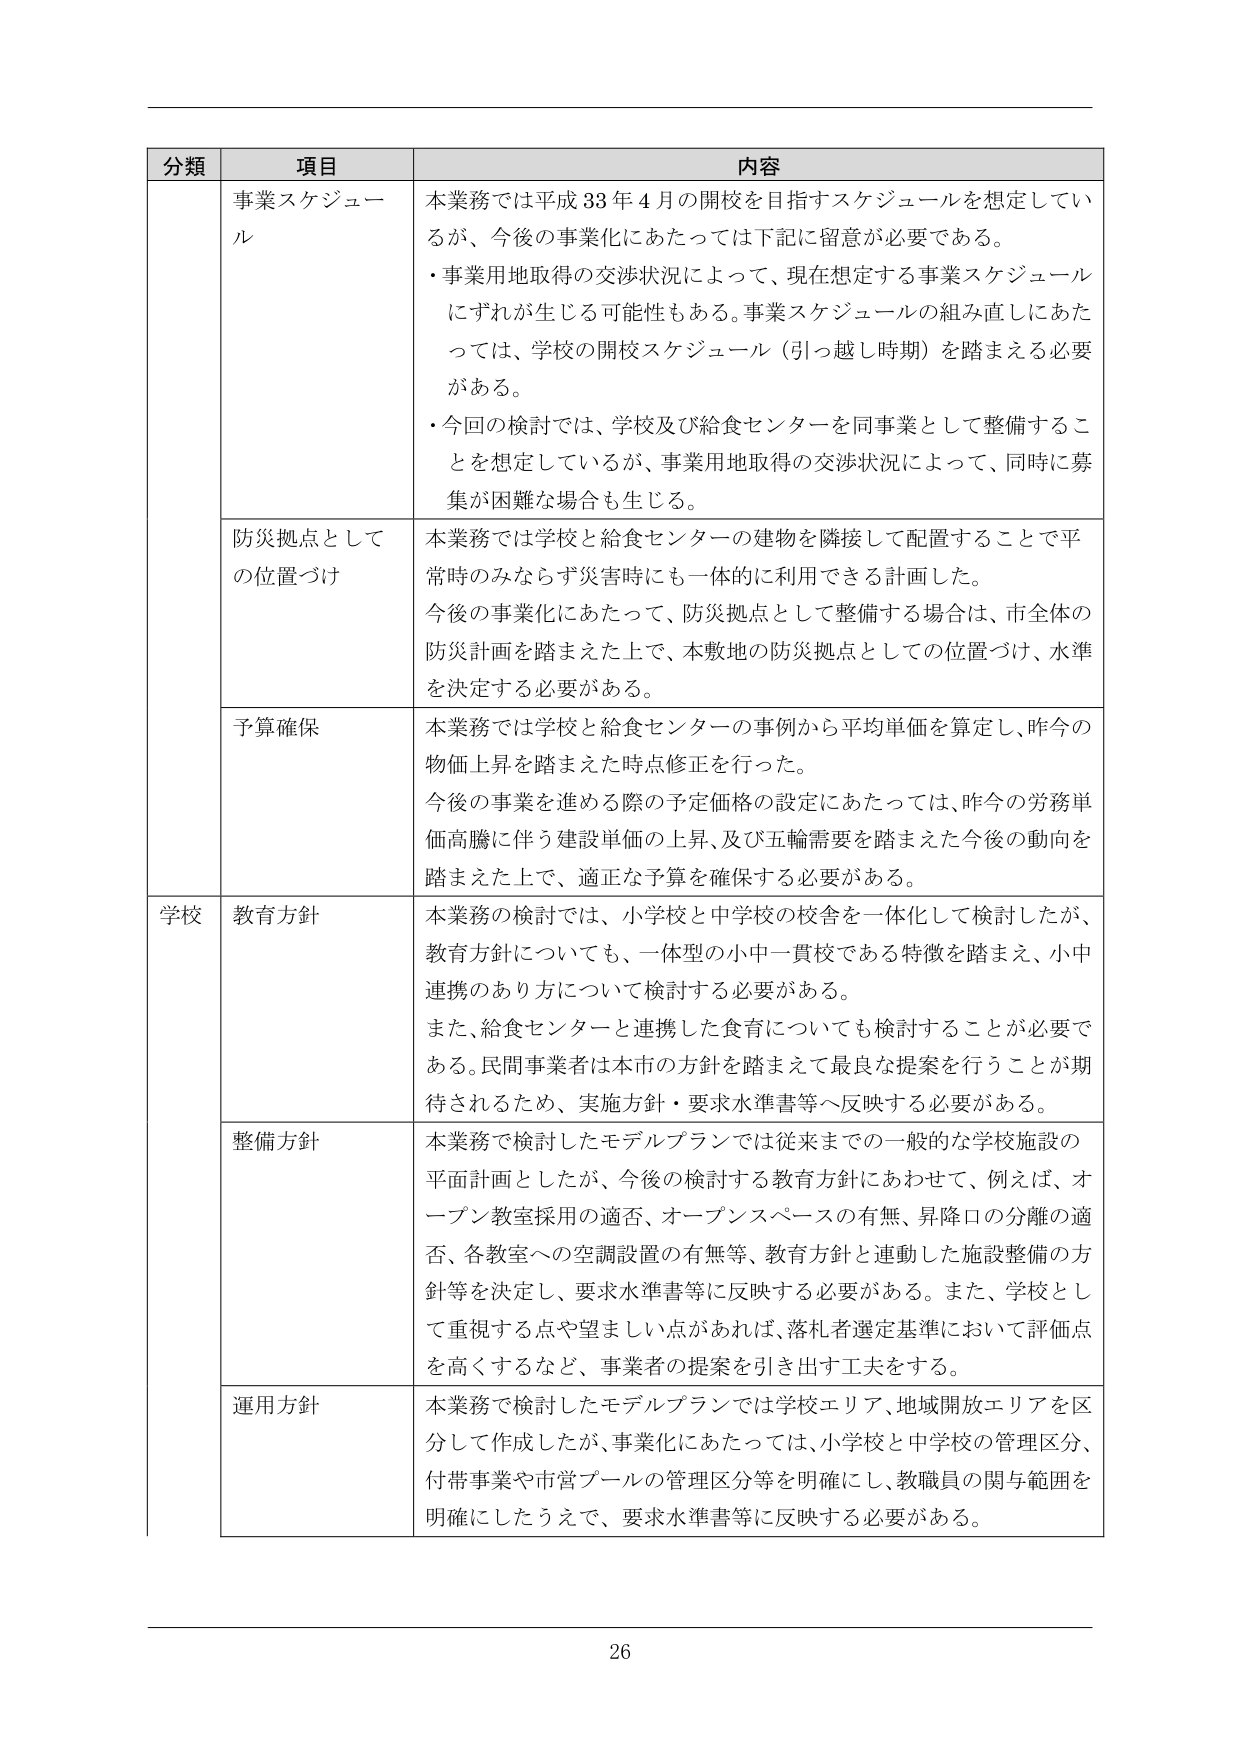
分類 項目 内容
事業スケジュール 本業務では平成33年4月の開校を目指すスケジュールを想定しているが、今後の事業化にあたっては下記に留意が必要である。
・事業用地取得の交渉状況によって、現在想定する事業スケジュールにずれが生じる可能性もある。事業スケジュールの組み直しにあたっては、学校の開校スケジュール（引っ越時期）を踏まえる必要がある。
・今回の検討では、学校及び給食センターを同事業として整備することを想定しているが、事業用地取得の交渉状況によって、同時に募集が困難な場合も生じる。
防災拠点としての位置づけ 本業務では学校と給食センターの建物を隣接して配置することで平常時のみならず災害時にも一体的に利用できる計画した。
今後の事業化にあたって、防災拠点として整備する場合は、市全体の防災計画を踏まえた上で、本敷地の防災拠点としての位置づけ、水準を決定する必要がある。
予算確保 本業務では学校と給食センターの事例から平均単価を算定し、昨今の物価上昇を踏まえた時点修正を行った。
今後の事業を進める際の予定価格の設定にあたっては、昨今の労務単価高騰に伴う建設単価の上昇、及び五輪需要を踏まえた今後の動向を踏まえた上で、適正な予算を確保する必要がある。
学校 教育方針 本業務の検討では、小学校と中学校の校舎を一体化して検討したが、教育方針についても、一体型の小中一貫校である特徴を踏まえ、小中連携のあり方について検討する必要がある。
また、給食センターと連携した食育についても検討することが必要である。民間事業者は本市の方針を踏まえて最良な提案を行うことが期待されるため、実施方針・要求水準書等へ反映する必要がある。
整備方針 本業務で検討したモデルプランでは従来までの一般的な学校施設の平面計画としたが、今後の検討する教育方針にあわせて、例えば、オープン教室採用の適否、オープンスペースの有無、昇降口の分離の適否、各教室への空調設置の有無等、教育方針と連動した施設整備の方針等を決定し、要求水準書等に反映する必要がある。また、学校として重視する点や望ましい点があれば、落札者選定基準において評価点を高くするなど、事業者の提案を引き出す工夫をする。
運用方針 本業務で検討したモデルプランでは学校エリア、地域開放エリアを区分して作成したが、事業化にあたっては、小学校と中学校の管理区分、付帯事業や市営プールの管理区分等を明確にし、教職員の関与範囲を明確にしたうえで、要求水準書等に反映する必要がある。
26